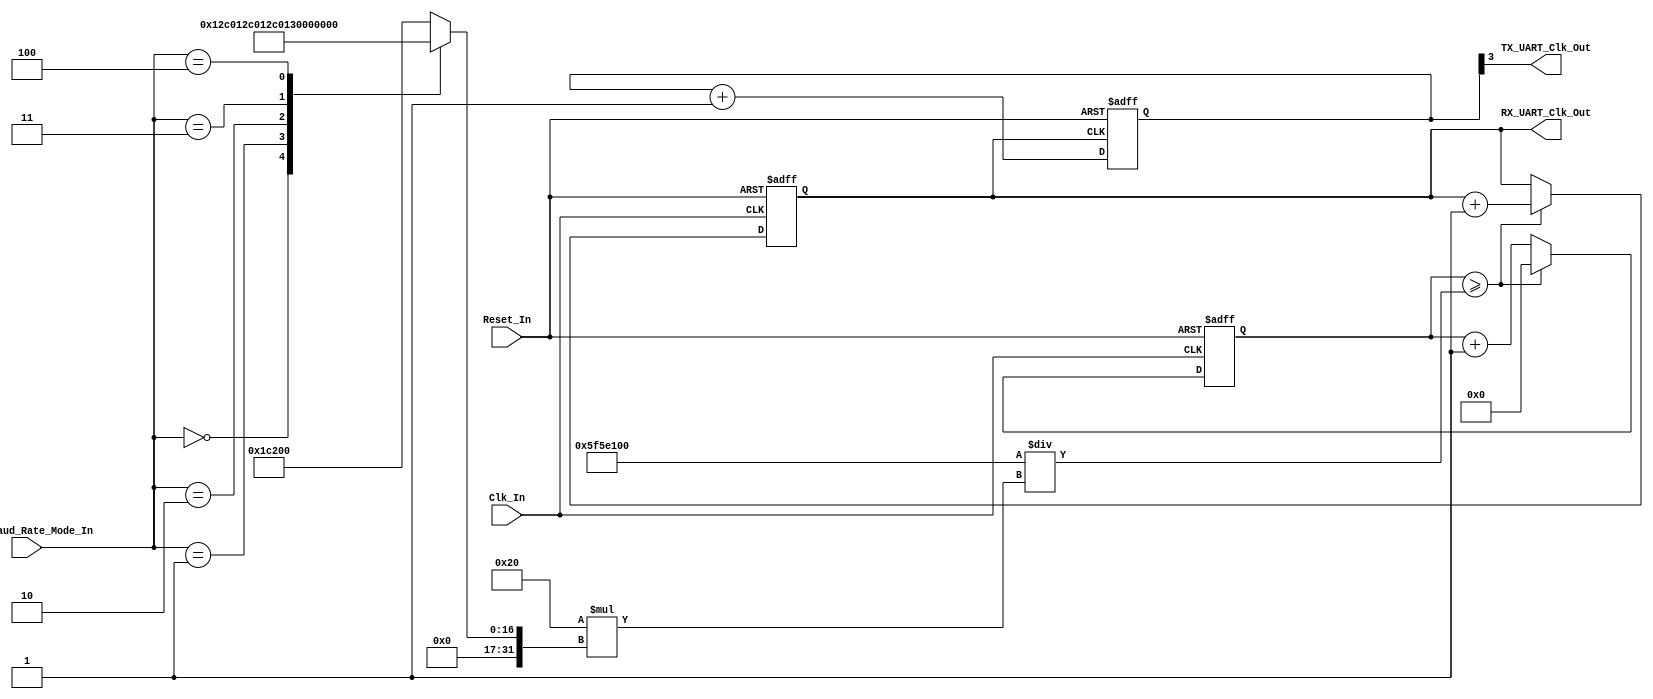
/*
Verilog Code for Baud Rate Generator



This Design has an input Clock Frequency of 100 MHz.
The Baud_Rate_Generator module, will adjust the input clock frequency, to meet the required frequency needed for UART Communication.

This design supports for 16 times over sampling for the receiver side.



Supported Baud Rates : 4800, 9600, 19200, 38400, 57600, 115200.



Author : Prasad Narayan Ghatol
*/



module Baud_Rate_Generator
#(parameter SYS_CLOCK = 100_000_000)
(
    input       Clk_In,
    input       Reset_In,

    input [2:0] UART_Baud_Rate_Mode_In, // Select the Baud Rate for the Communication

    output      TX_UART_Clk_Out,        // TX Clock for the UART Data Transfer
    output      RX_UART_Clk_Out         // RX Clock for the UART Data Transfer
);



// --------------------------------------------------
// wires and regs
// --------------------------------------------------
reg  [31:0] Baud_Rate;
wire [31:0] BAUD_COUNTER_VALUE;

reg  [31:0] RX_Counter;
reg  [3:0]  TX_Count_Divider;

reg Baud_Clk;



// --------------------------------------------------
// Baud Rate Value Decoder
// --------------------------------------------------
always @ (UART_Baud_Rate_Mode_In)
    begin
        case (UART_Baud_Rate_Mode_In)
            3'b000 : // Baud Rate = 4800
                begin
                    Baud_Rate <= 32'd4800;
                end
            3'b001 : // Baud Rate = 9600
                begin
                    Baud_Rate <= 32'd9600;
                end
            3'b010 : // Baud Rate = 19200
                begin
                    Baud_Rate <= 32'd19200;
                end
            3'b011 : // Baud Rate = 38400
                begin
                    Baud_Rate <= 32'd38400;
                end
            3'b100 : // Baud Rate = 57600
                begin
                    Baud_Rate <= 32'd57600;
                end
            3'b101 : // Baud Rate = 115200
                begin
                    Baud_Rate <= 32'd115200;
                end
            default : // Baud Rate = 115200
                begin
                    Baud_Rate <= 32'd115200;
                end
        endcase
    end



// --------------------------------------------------
// Assignment Statements
// --------------------------------------------------
assign BAUD_COUNTER_VALUE = SYS_CLOCK / (2 * 16 * Baud_Rate);

assign TX_UART_Clk_Out = TX_Count_Divider[3];
assign RX_UART_Clk_Out = Baud_Clk;



// --------------------------------------------------
// Divide RX CLock by 16, for TX Clock
// 8 cycle for ON and OFF Period of the Clock respectively, for a Duty Cycle of 50%.
// --------------------------------------------------
always @ (negedge Baud_Clk or posedge Reset_In)
    begin
        if (Reset_In)
            begin
                TX_Count_Divider <= 4'b0;
            end
        else
            begin
                TX_Count_Divider <= TX_Count_Divider + 1'b1;
            end
    end



// --------------------------------------------------
// Logic to generate the required RX Clock, from the Input Clock.
// --------------------------------------------------
always @ (negedge Clk_In or posedge Reset_In)
    begin
        if (Reset_In)
            begin
                RX_Counter <= 32'b0;
                Baud_Clk <= 1'b0;
            end
        else
            begin
                if (RX_Counter >= BAUD_COUNTER_VALUE)
                    begin
                        Baud_Clk <= Baud_Clk + 1'b1;
                        RX_Counter <= 32'b0;
                    end
                else
                    begin
                        RX_Counter <= RX_Counter + 1'b1;
                        Baud_Clk <= Baud_Clk;
                    end
            end
    end



endmodule